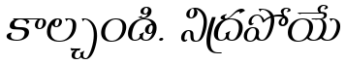
కాల్చండి. నిద్రపోయే